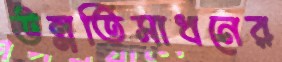
উন্নতিসাধনের